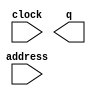
module ROM_mem (
	address,
	clock,
	q);

	input	[7:0]  address;
	input	  clock;
	output	[31:0]  q;
`ifndef ALTERA_RESERVED_QIS
// synopsys translate_off
`endif
	tri1	  clock;
`ifndef ALTERA_RESERVED_QIS
// synopsys translate_on
`endif

endmodule